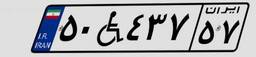
۵۰W۴۳۷۵۷